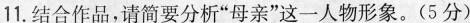
11.结合作品，请简要分析“母亲”这一人物形象。（5分）